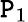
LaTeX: \mathtt{P}_{1}